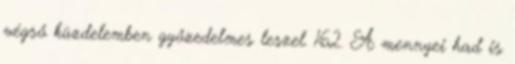
végső küzdelemben győzedelmes leszel. 162. A mennyei had is